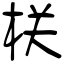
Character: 栚